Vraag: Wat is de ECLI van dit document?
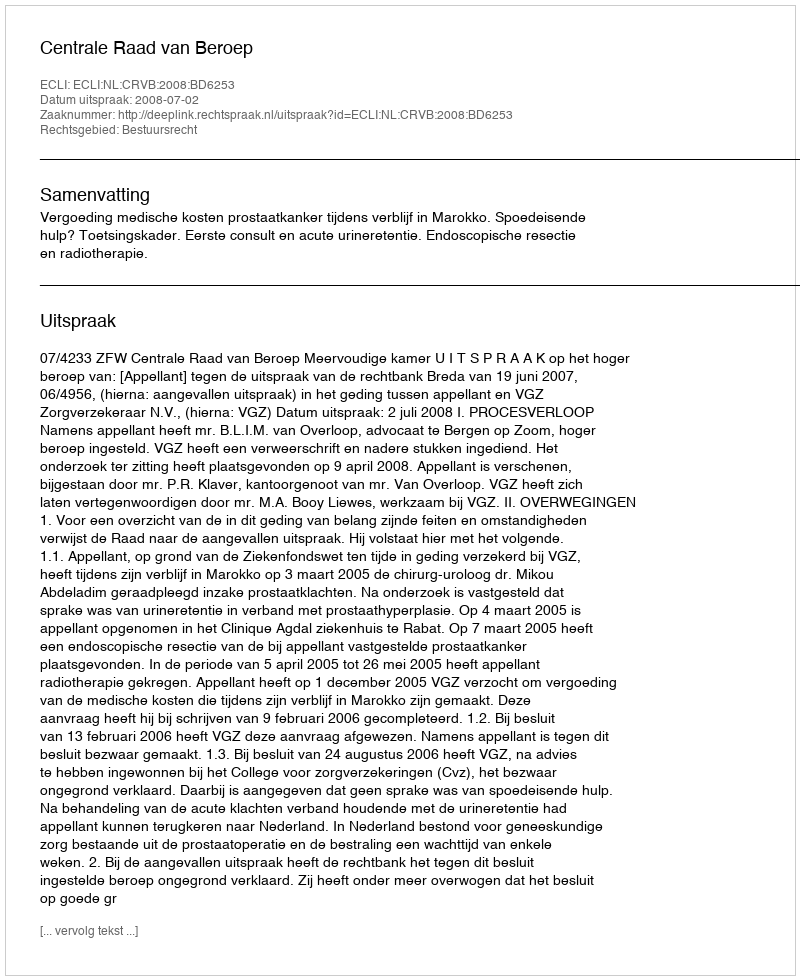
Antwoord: ECLI:NL:CRVB:2008:BD6253